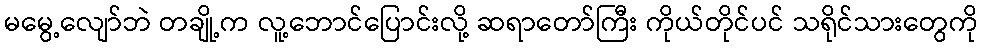
မမွေ့လျော်ဘဲ တချို့က လူ့ဘောင်ပြောင်းလို့ ဆရာတော်ကြီး ကိုယ်တိုင်ပင် သရိုင်သားတွေကို